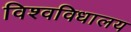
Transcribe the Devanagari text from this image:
विश्‍वविधालय